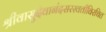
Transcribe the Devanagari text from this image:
श्रीवासुदेवानंदसरस्वतीविरचित